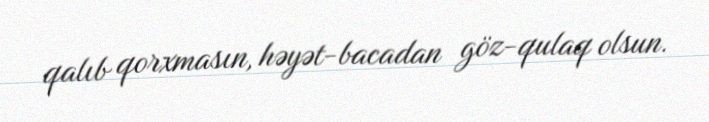
qalıb qorxmasın, həyət-bacadan göz-qulaq olsun.